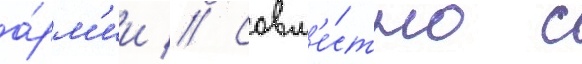
а́рм'ии // Совм'е́стно с